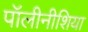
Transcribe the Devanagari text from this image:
पॉलीनीशिया